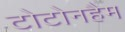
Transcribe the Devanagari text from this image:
टोटोनहैम